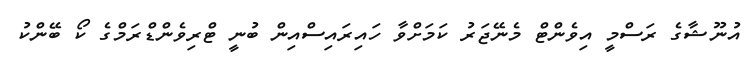
އުނޫޝާގެ ރަސްމީ އިވެންޓް މެނޭޖަރު ކަމަށްވާ ހައިރައިސްއިން ބުނީ ޓްރިވެންޑްރަމްގެ ކޯ ބޭންކު